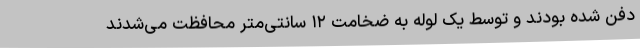
دفن شده بودند و توسط یک لوله به ضخامت ۱۲ سانتی‌متر محافظت می‌شدند